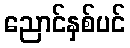
ညောင်နှစ်ပင်